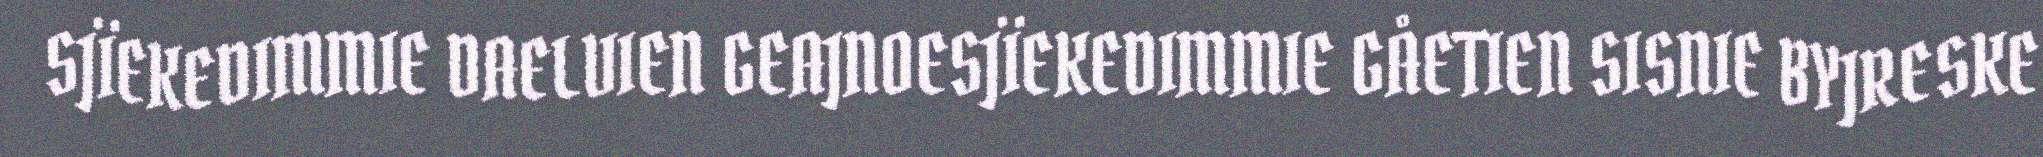
SJÏEKEDIMMIE DAELVIEN GEAJNOESJÏEKEDIMMIE GÅETIEN SISNIE BYJRESKE